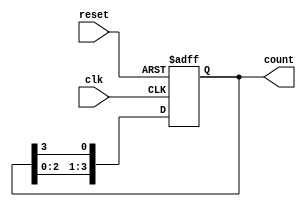
module ring_counter (
    input  wire clk,       // Clock signal
    input  wire reset,     // Asynchronous reset signal
    output reg [3:0] count // 4-bit output for the ring counter
);

// State transition logic
always @(posedge clk or posedge reset) begin
    if (reset) begin
        // Initialize the counter to a known state (0001)
        count <= 4'b0001;
    end else begin
        // Shift the '1' to the left and wrap around
        count <= {count[2:0], count[3]}; // Rotate right
    end
end

endmodule